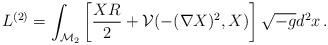
LaTeX: \begin{align*}L^{(2)}=\int_{\mathcal{M}_2} \left[\frac{XR}2 +\mathcal{V}(-(\nabla X)^2,X)\right]\sqrt{-g}d^2x\,.\end{align*}